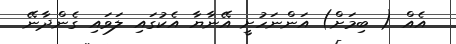
އެއް ( ބިމަށް) އަންނަހުށީ އޭނާޔާ އެކުގައި ލަވައި ގެންދާނޭ